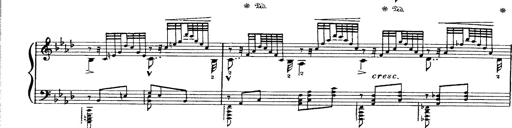
Title: Paraphrase de concert sur Ernani II
Composer: Franz Liszt